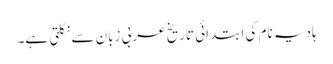
ہادیہ نام کی ابتدائی تاریخ عربی زبان سے نکلتی ہے۔